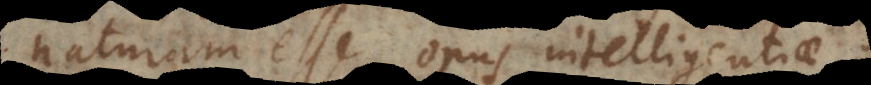
naturam esse opus intelligentiae;